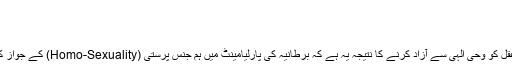
آدم از بے بصری بندگی آدم کرد
گوہرے داشت ولے نذر قباد و جم کرد
یعنی درخوئے غلامی ز سگان خوار تر است
من نہ دیدم کہ سگے پیشِ سگے سر خم کرد عقل کو وحیِ الٰہی سے آزاد کرنے کا نتیجہ یہ ہے کہ برطانیہ کی پارلیامینٹ میں ہم جنس پرستی (Homo-Sexuality) کے جواز کا بل تالیوں کی گونج میں منظور کر رہی ہے۔